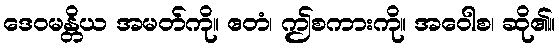
ဒေဝမန္တိယ အမတ်ကို။ ဧတံ၊ ဤစကားကို။ အဝေါစ၊ ဆို၏။